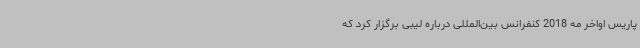
پاریس اواخر مه 2018 کنفرانس بین‌المللی درباره لیبی برگزار کرد که